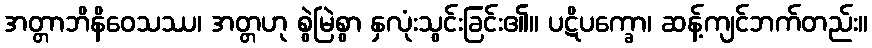
အတ္တာဘိနိဝေသဿ၊ အတ္တဟု စွဲမြဲစွာ နှလုံးသွင်းခြင်း၏။ ပဋိပက္ခော၊ ဆန့်ကျင်ဘက်တည်း။